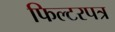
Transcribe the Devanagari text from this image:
फिल्टरपत्र